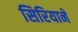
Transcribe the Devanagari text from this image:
सिरियाने